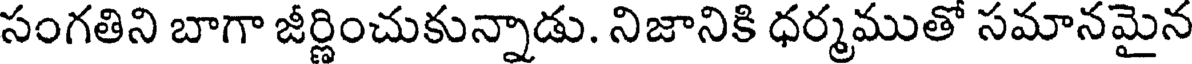
సంగతిని బాగా జీర్ణించుకున్నాడు. నిజానికి ధర్మముతో సమానమైన